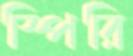
স্পিরি